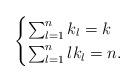
LaTeX: \begin{align*}\begin{cases} \sum_{l=1}^n k_l=k\\ \sum_{l=1}^n lk_l=n. \end{cases}\end{align*}